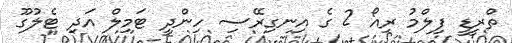
ތްރީޑީ ފިލްމު ރިއޯ 2 ގެ އިނގިރޭސި ހިންދީ ޓަމިލް އަދި ޓެލުގޫ